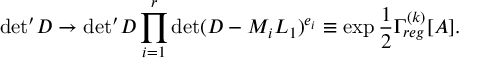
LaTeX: { \operatorname * { d e t } } ^ { \prime } D \to { \operatorname * { d e t } } ^ { \prime } D \prod _ { i = 1 } ^ { r } \operatorname * { d e t } ( D - M _ { i } L _ { 1 } ) ^ { e _ { i } } \equiv \exp \frac { 1 } { 2 } \Gamma _ { r e g } ^ { ( k ) } [ A ] .